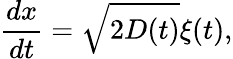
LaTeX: \frac{dx}{dt}=\sqrt{2D(t)}\xi(t),